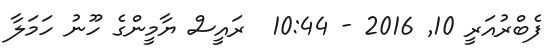
ފެބްރުއަރީ 10